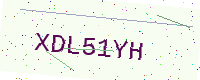
Text: XDL51YH